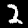
Digit: 2